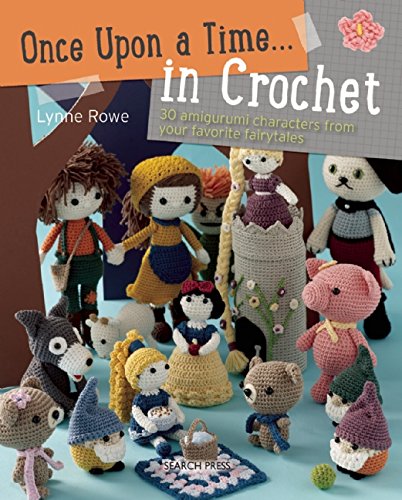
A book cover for Once Upon a Time . . . in Crochet: 30 Amigurumi Characters from Your Favorite Fairytales; Lynne Rowe; Crafts, Hobbies & Home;